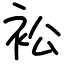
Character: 衳